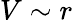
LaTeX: V\sim r